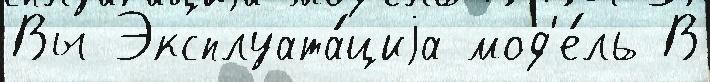
Вы Эксплуата́циjа мод'е́ль В